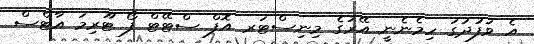
އެ ވަފުދުގަ ހިމެނެނީ އޭރުގެ މިނިސްޓަރ އޮފް ސްޓޭޓް ފޯ ޓޫރިމަ އާޓްސް